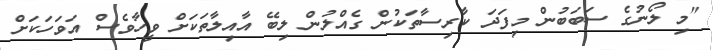
"މި ލޯނުގެ ސަބަބުން މިފަދަ ކާރިސާތަކުން ގެއްލުން ލިބޭ އާއިލާތަކަށް ވީހާވެސް އަވަހަކަށް